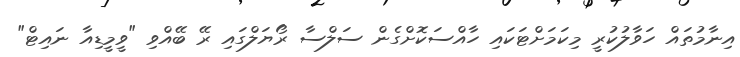
އިނާމުތައް ހަވާލުކުރީ މިކަމަށްޓަކައި ހާއްސަކޮށްގެން ސަލްސާ ރޯޔަލްގައި ރޭ ބޭއްވި "ވީމީޑިއާ ނައިޓް"